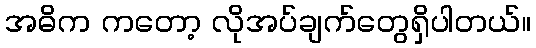
အဓိက ကတော့ လိုအပ်ချက်တွေရှိပါတယ်။